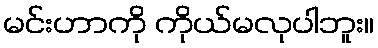
မင်းဟာကို ကိုယ်မလုပါဘူး။